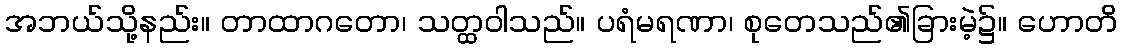
အဘယ်သို့နည်း။ တာထာဂတော၊ သတ္ထဝါသည်။ ပရံမရဏာ၊ စုတေသည်၏ခြားမဲ့၌။ ဟောတိ